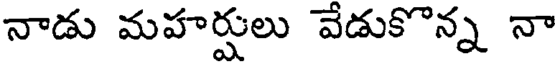
నాడు మహర్షులు వేడుకొన్న నా